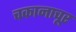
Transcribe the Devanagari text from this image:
चकानाचूर